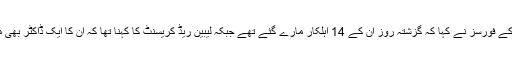
خلیفہ حفتر کے فورسز نے کہا کہ گزشتہ روز ان کے 14 اہلکار مارے گئے تھے جبکہ لیبین ریڈ کریسنٹ کا کہنا تھا کہ ان کا ایک ڈاکٹر بھی مارا گیا ہے۔